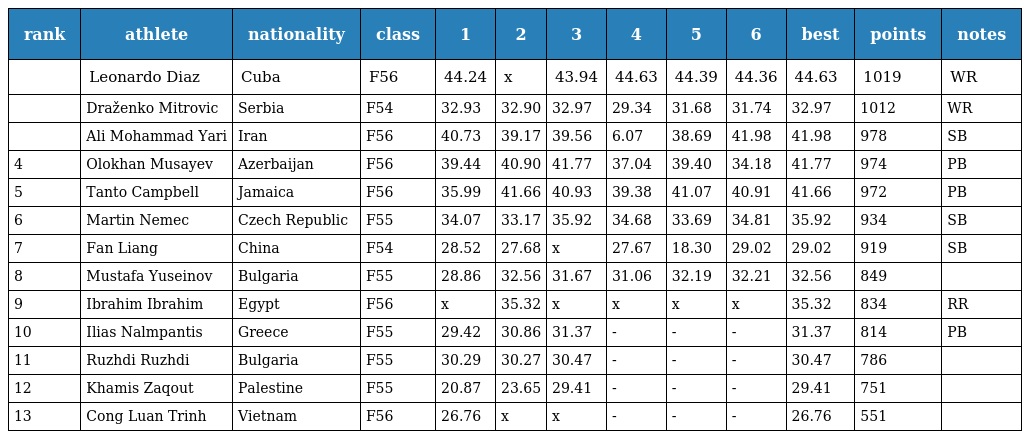
| rank | athlete | nationality | class | 1 | 2 | 3 | 4 | 5 | 6 | best | points | notes |
 | --- | --- | --- | --- | --- | --- | --- | --- | --- | --- | --- | --- | --- |
 |  | Leonardo Diaz | Cuba | F56 | 44.24 | x | 43.94 | 44.63 | 44.39 | 44.36 | 44.63 | 1019 | WR |
 |  | Draženko Mitrovic | Serbia | F54 | 32.93 | 32.90 | 32.97 | 29.34 | 31.68 | 31.74 | 32.97 | 1012 | WR |
 |  | Ali Mohammad Yari | Iran | F56 | 40.73 | 39.17 | 39.56 | 6.07 | 38.69 | 41.98 | 41.98 | 978 | SB |
 | 4 | Olokhan Musayev | Azerbaijan | F56 | 39.44 | 40.90 | 41.77 | 37.04 | 39.40 | 34.18 | 41.77 | 974 | PB |
 | 5 | Tanto Campbell | Jamaica | F56 | 35.99 | 41.66 | 40.93 | 39.38 | 41.07 | 40.91 | 41.66 | 972 | PB |
 | 6 | Martin Nemec | Czech Republic | F55 | 34.07 | 33.17 | 35.92 | 34.68 | 33.69 | 34.81 | 35.92 | 934 | SB |
 | 7 | Fan Liang | China | F54 | 28.52 | 27.68 | x | 27.67 | 18.30 | 29.02 | 29.02 | 919 | SB |
 | 8 | Mustafa Yuseinov | Bulgaria | F55 | 28.86 | 32.56 | 31.67 | 31.06 | 32.19 | 32.21 | 32.56 | 849 |  |
 | 9 | Ibrahim Ibrahim | Egypt | F56 | x | 35.32 | x | x | x | x | 35.32 | 834 | RR |
 | 10 | Ilias Nalmpantis | Greece | F55 | 29.42 | 30.86 | 31.37 | - | - | - | 31.37 | 814 | PB |
 | 11 | Ruzhdi Ruzhdi | Bulgaria | F55 | 30.29 | 30.27 | 30.47 | - | - | - | 30.47 | 786 |  |
 | 12 | Khamis Zaqout | Palestine | F55 | 20.87 | 23.65 | 29.41 | - | - | - | 29.41 | 751 |  |
 | 13 | Cong Luan Trinh | Vietnam | F56 | 26.76 | x | x | - | - | - | 26.76 | 551 |  |